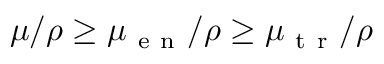
\mu / \rho \geq \mu _ { \mathrm { ~ e ~ n ~ } } / \rho \geq \mu _ { \mathrm { ~ t ~ r ~ } } / \rho